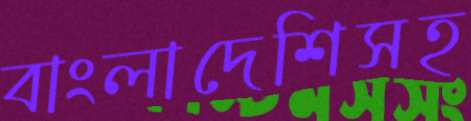
বাংলাদেশিসহ